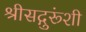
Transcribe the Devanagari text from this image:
श्रीसद्गुरूंशी